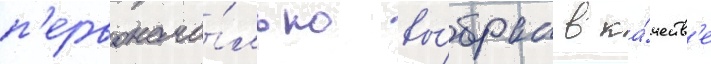
п'ервонача́льно вы́бран в ка́честв'е